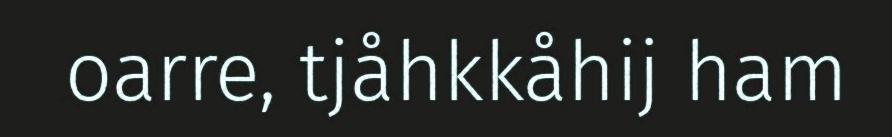
oarre, tjåhkkåhij ham